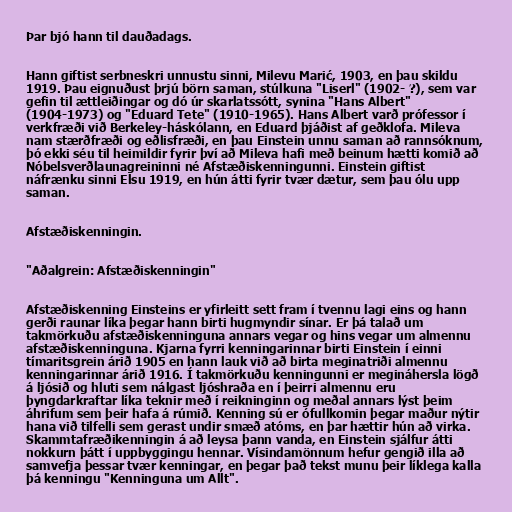
Þar bjó hann til dauðadags.

Hann giftist serbneskri unnustu sinni, Milevu Marić, 1903, en þau skildu
1919. Þau eignuðust þrjú börn saman, stúlkuna "Liserl" (1902- ?), sem var
gefin til ættleiðingar og dó úr skarlatssótt, synina "Hans Albert"
(1904-1973) og "Eduard Tete" (1910-1965). Hans Albert varð prófessor í
verkfræði við Berkeley-háskólann, en Eduard þjáðist af geðklofa. Mileva
nam stærðfræði og eðlisfræði, en þau Einstein unnu saman að rannsóknum,
þó ekki séu til heimildir fyrir því að Mileva hafi með beinum hætti komið að
Nóbelsverðlaunagreininni né Afstæðiskenningunni. Einstein giftist
náfrænku sinni Elsu 1919, en hún átti fyrir tvær dætur, sem þau ólu upp
saman.

Afstæðiskenningin.

"Aðalgrein: Afstæðiskenningin"

Afstæðiskenning Einsteins er yfirleitt sett fram í tvennu lagi eins og hann
gerði raunar líka þegar hann birti hugmyndir sínar. Er þá talað um
takmörkuðu afstæðiskenninguna annars vegar og hins vegar um almennu
afstæðiskenninguna. Kjarna fyrri kenningarinnar birti Einstein í einni
tímaritsgrein árið 1905 en hann lauk við að birta meginatriði almennu
kenningarinnar árið 1916. Í takmörkuðu kenningunni er megináhersla lögð
á ljósið og hluti sem nálgast ljóshraða en í þeirri almennu eru
þyngdarkraftar líka teknir með í reikninginn og meðal annars lýst þeim
áhrifum sem þeir hafa á rúmið. Kenning sú er ófullkomin þegar maður nýtir
hana við tilfelli sem gerast undir smæð atóms, en þar hættir hún að virka.
Skammtafræðikenningin á að leysa þann vanda, en Einstein sjálfur átti
nokkurn þátt í uppbyggingu hennar. Vísindamönnum hefur gengið illa að
samvefja þessar tvær kenningar, en þegar það tekst munu þeir líklega kalla
þá kenningu "Kenninguna um Allt".